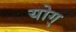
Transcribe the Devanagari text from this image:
योग्‌